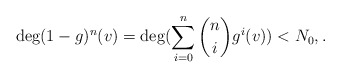
\begin{align*}\deg (1-g)^n(v)=\deg (\sum_{i=0}^n {n \choose i} g^i(v))< N_0, {}.\end{align*}